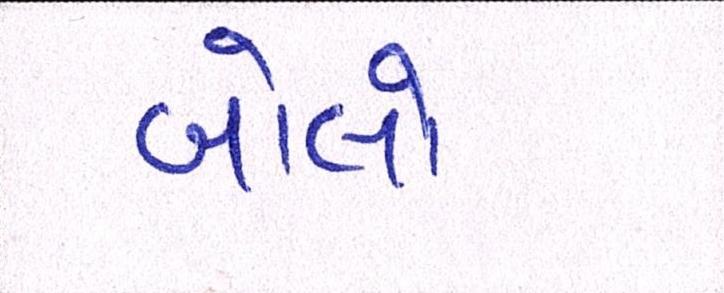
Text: બોલો